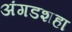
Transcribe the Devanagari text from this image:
अंगडशहा